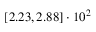
\left[ 2 . 2 3 , 2 . 8 8 \right] \cdot 1 0 ^ { 2 }